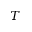
T